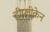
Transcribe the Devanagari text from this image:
ट्रीप्लीकेन